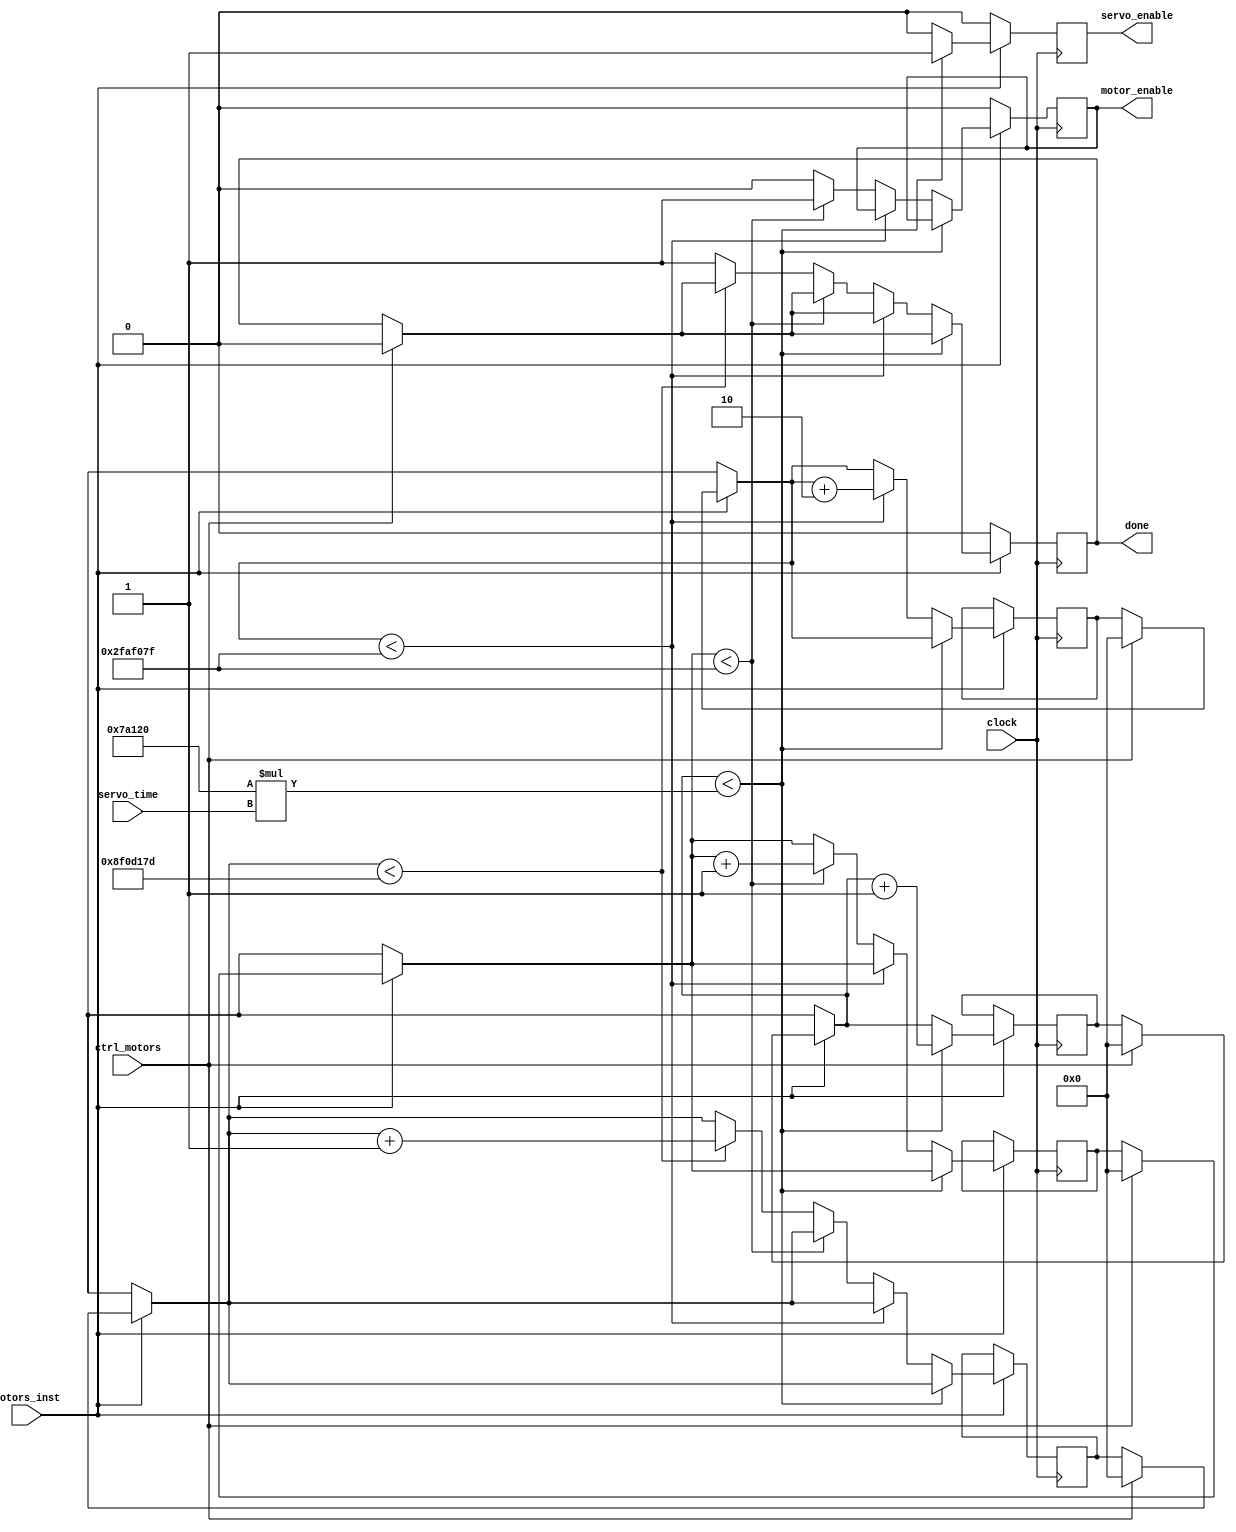
// 

module control(
    input clock,
    input wire motors_inst,
    input wire ctrl_motors,
    input wire [26:0] servo_time,
    output reg servo_enable,
    output reg motor_enable,
    output reg done
    );

    reg [36:0] servoCounter = 0;
    reg [36:0] motorCounter = 0;
    reg [36:0] delayCounter_1 = 0;
    reg [36:0] delayCounter_2 = 0;

    always @(negedge clock) begin
        if (motors_inst == 1'b1) begin
            if (ctrl_motors == 1'b1) begin
                servoCounter = 0;
                motorCounter = 0;
                delayCounter_1 = 0;
                delayCounter_2 = 0;
                done = 0;
            end
            
            if (servoCounter < 500000*servo_time) begin // 0.1 second per servo_time
            // if (servoCounter < servo_time) begin // For testing purposes
                servoCounter = servoCounter + 1;
                servo_enable = 1;
            end else begin
                servo_enable = 0;
                if (delayCounter_2  < 1*49999999) begin // Delay for three seconds
                    delayCounter_2  = delayCounter_2 + 2;
                end else begin
                    if (motorCounter < 49999999) begin // Motor on for one second
                    // if (motorCounter < 2) begin // For testing purposes
                        motorCounter = motorCounter + 1;
                        motor_enable = 1;
                    end else begin
                        motor_enable = 0;
                        if (delayCounter_1  < 3*49999999) begin // Delay for three seconds
                            delayCounter_1  = delayCounter_1 + 1;
                        end else begin
                            done = 1; // Stall if instruction == custom instruction and done == 0
                    end
                end
            end
        end
        end else begin
            servo_enable = 0;
            motor_enable = 0;
            done = 0;
        end
   end

endmodule